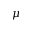
\mu